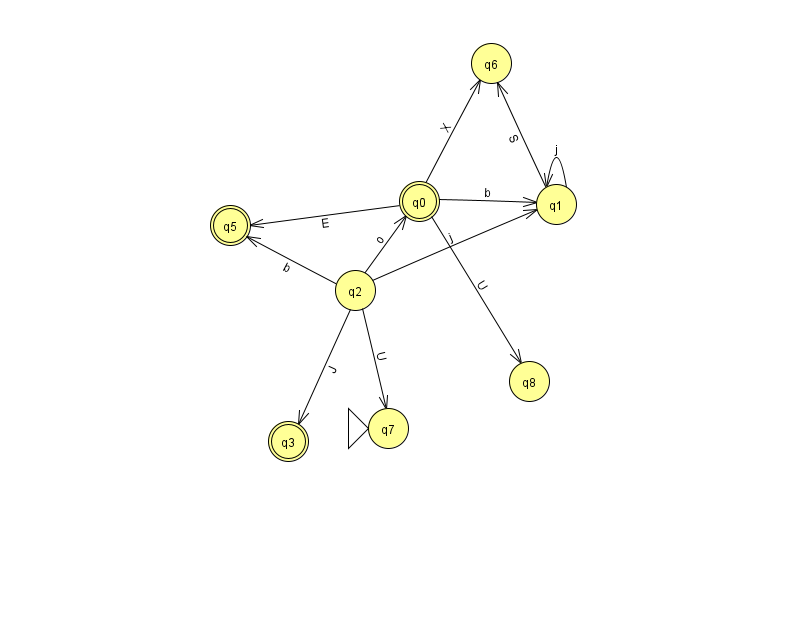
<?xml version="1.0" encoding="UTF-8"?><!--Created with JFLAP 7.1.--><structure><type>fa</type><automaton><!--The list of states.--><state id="0" name="q0"><x>419.0</x><y>188.0</y><final/></state><state id="1" name="q1"><x>556.0</x><y>191.0</y></state><state id="2" name="q2"><x>355.0</x><y>277.0</y></state><state id="3" name="q3"><x>288.0</x><y>428.0</y><final/></state><state id="5" name="q5"><x>230.0</x><y>212.0</y><final/></state><state id="6" name="q6"><x>491.0</x><y>50.0</y></state><state id="7" name="q7"><x>388.0</x><y>415.0</y><initial/></state><state id="8" name="q8"><x>529.0</x><y>368.0</y></state><!--The list of transitions.--><transition><from>0</from><to>1</to><read>b</read></transition><transition><from>0</from><to>5</to><read>E</read></transition><transition><from>0</from><to>6</to><read>X</read></transition><transition><from>2</from><to>3</to><read>J</read></transition><transition><from>2</from><to>7</to><read>U</read></transition><transition><from>2</from><to>5</to><read>b</read></transition><transition><from>1</from><to>6</to><read>S</read></transition><transition><from>1</from><to>1</to><read>j</read></transition><transition><from>2</from><to>1</to><read>j</read></transition><transition><from>2</from><to>0</to><read>o</read></transition><transition><from>0</from><to>8</to><read>U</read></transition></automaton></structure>